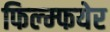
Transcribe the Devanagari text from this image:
फिल्म्फयेर